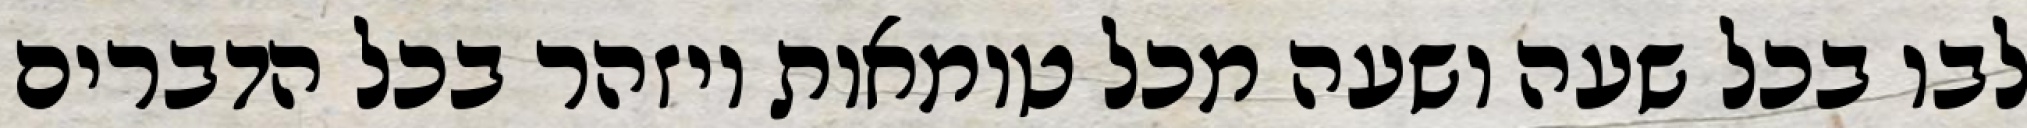
לבו בכל שעה ושעה מכל טומאות ויזהר בכל הדברים